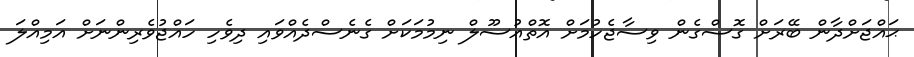
ޙައްޖަށްދާން ބޭރަށް ގޮސްގެން ވިސާޖެހުމަށް އޮތްއުސޫލް ނިމުމަކަށް ގެނެސްދެއްވައި ދިވެހި ހައްޖުވެރިންނަށް އަމިއްލަ